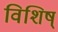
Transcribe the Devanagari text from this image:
विशिष्